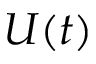
U ( t )